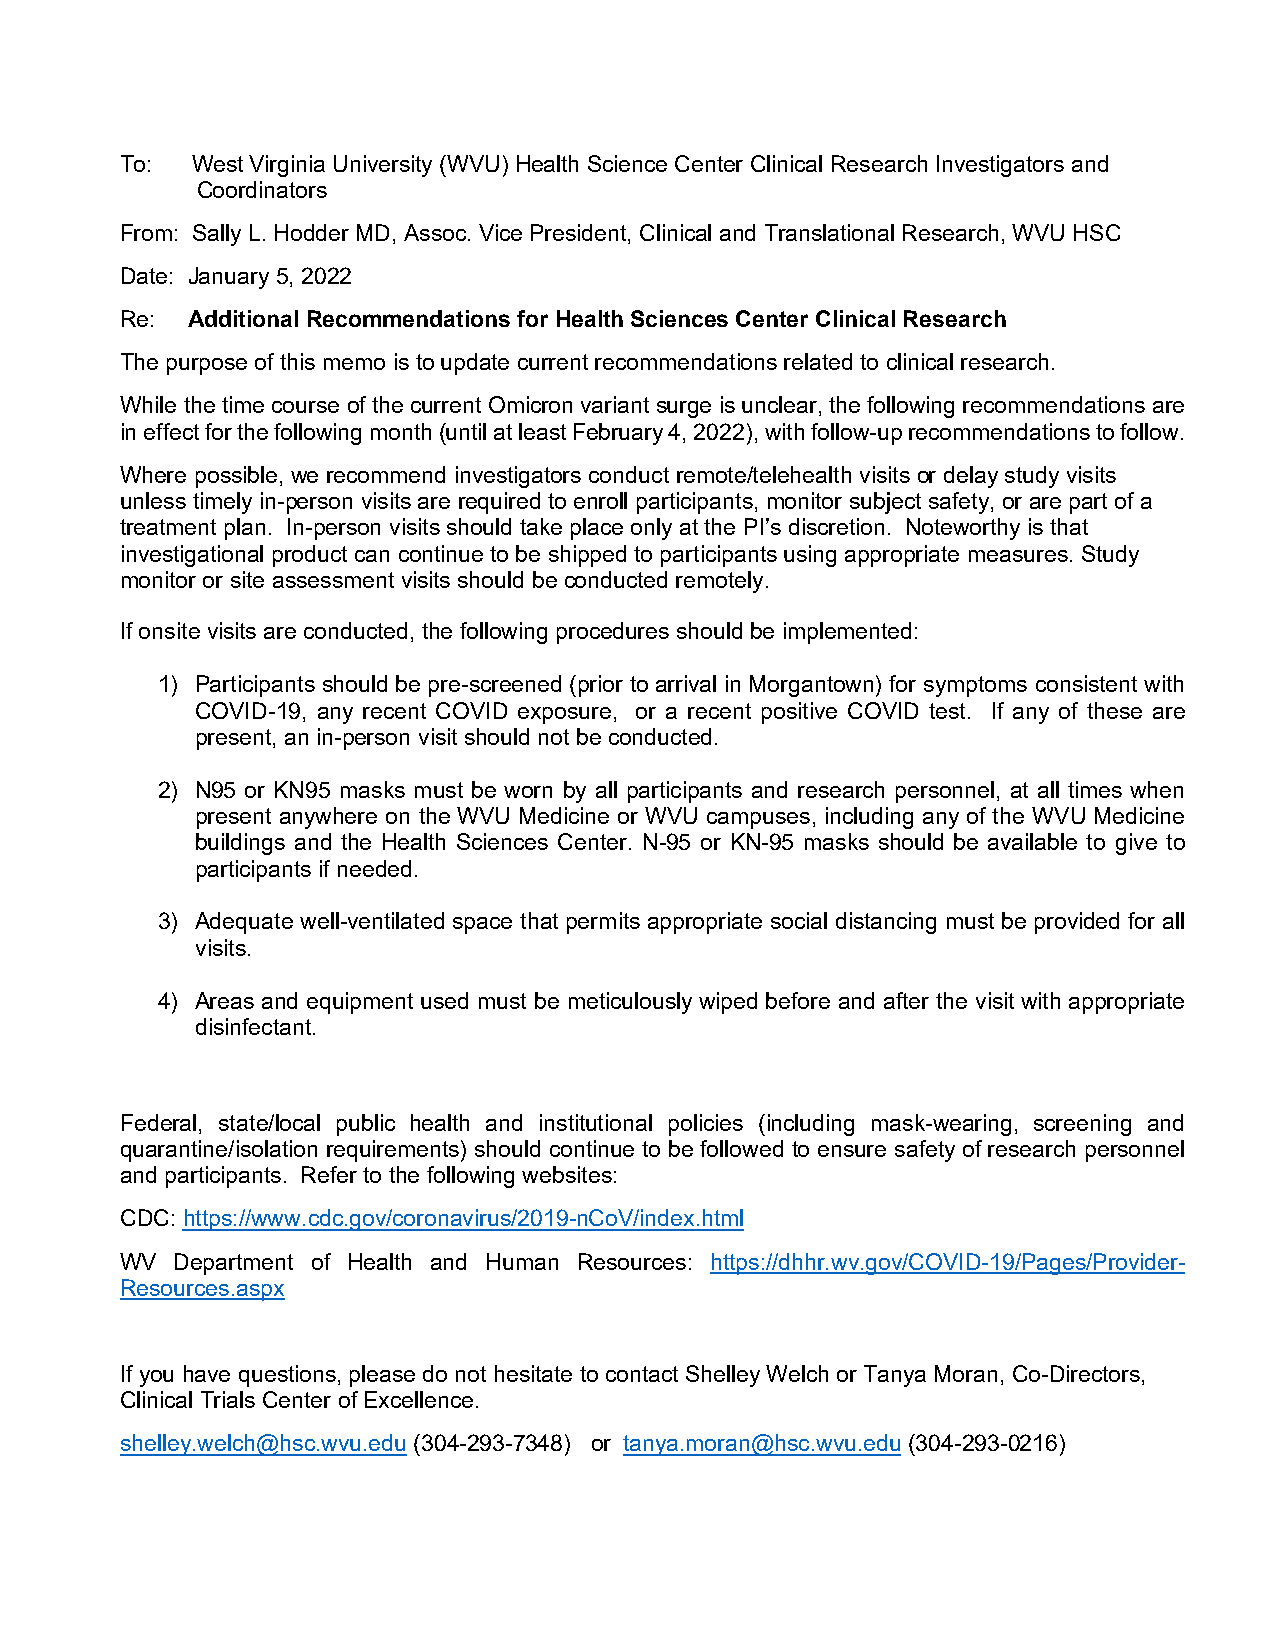
To:  West Virginia University (WVU) Health Science Center Clinical Research Investigators and
 Coordinators
 From: Sally L. Hodder MD, Assoc. Vice President, Clinical and Translational Research, WVU HSC
 Date: January 5, 2022
 Re: Additional Recommendations for Health Sciences Center Clinical Research
 The purpose of this memo is to update current recommendations related to clinical research.
 While the time course of the current Omicron variant surge is unclear, the following recommendations are
 in effect for the following month (until at least February 4, 2022), with follow-up recommendations to follow.
 Where possible, we recommend investigators conduct remote/telehealth visits or delay study visits
 unless timely in-person visits are required to enroll participants, monitor subject safety, or are part of a
 treatment plan. In-person visits should take place only at the PI’s discretion. Noteworthy is that
 investigational product can continue to be shipped to participants using appropriate measures. Study
 monitor or site assessment visits should be conducted remotely.
 If onsite visits are conducted, the following procedures should be implemented:
 1) Participants should be pre-screened (prior to arrival in Morgantown) for symptoms consistent with
 COVID-19, any recent COVID exposure, or a recent positive COVID test. If any of these are
 present, an in-person visit should not be conducted.
 2) N95 or KN95 masks must be worn by all participants and research personnel, at all times when
 present anywhere on the WVU Medicine or WVU campuses, including any of the WVU Medicine
 buildings and the Health Sciences Center. N-95 or KN-95 masks should be available to give to
 participants if needed.
 3) Adequate well-ventilated space that permits appropriate social distancing must be provided for all
 visits.
 4) Areas and equipment used must be meticulously wiped before and after the visit with appropriate
 disinfectant.
 Federal, state/local public health and institutional policies (including mask-wearing, screening and
 quarantine/isolation requirements) should continue to be followed to ensure safety of research personnel
 and participants. Refer to the following websites:
 CDC: https://www.cdc.gov/coronavirus/2019-nCoV/index.html
 WV  Department of Health and Human Resources: https://dhhr.wv.gov/COVID-19/Pages/Provider-
 Resources.aspx
 If you have questions, please do not hesitate to contact Shelley Welch or Tanya Moran, Co-Directors,
 Clinical Trials Center of Excellence.
 shelley.welch@hsc.wvu.edu (304-293-7348) or tanya.moran@hsc.wvu.edu (304-293-0216)